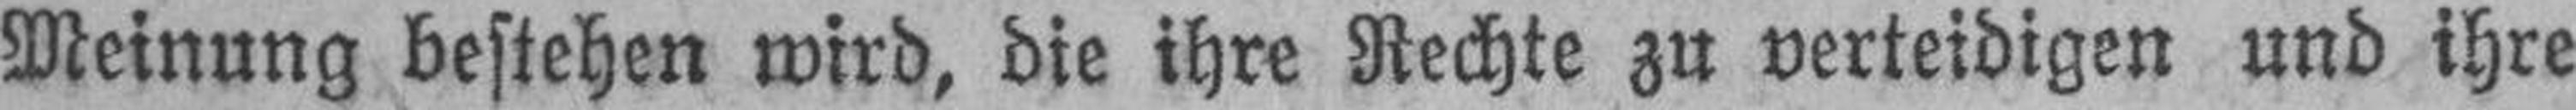
Meinung bestehen wird, die ihre Rechte zu verteidigen und ihre